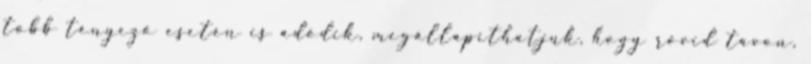
több tényező esetén is adódik, megállapíthatjuk, hogy rövid távon,